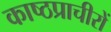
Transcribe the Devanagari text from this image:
काष्ठप्राचीरों